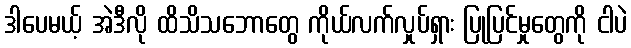
ဒါပေမယ့် အဲဒီလို ထိသိသဘောတွေ ကိုယ်လက်လှုပ်ရှား ပြုပြင်မှုတွေကို ငါပဲ